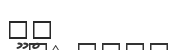
٨٧